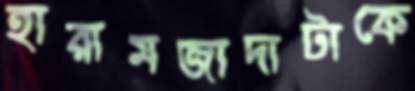
হারামজাদাটাকে